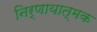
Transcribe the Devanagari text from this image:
निर्णायात्मक